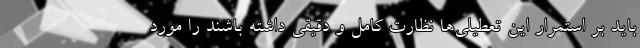
باید بر استمرار این تعطیلی‌ها نظارت کامل و دقیقی داشته باشند را مورد